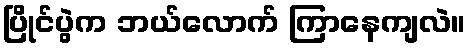
ပြိုင်ပွဲက ဘယ်လောက် ကြာနေကျလဲ။